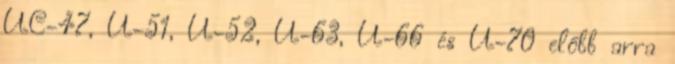
UC-47, U-51, U-52, U-63, U-66 és U-70 előbb arra